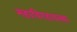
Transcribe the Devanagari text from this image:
महाविरहावस्था